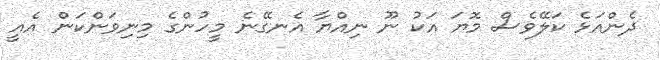
ދެންއަޅެ ކަލޭވެސް މޮޔަ އަކު ނޫ ނިއްޔާ އެނގޭނެ މީހުންގެ މިނިވަންކަން އެއީ